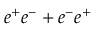
e ^ { + } e ^ { - } + e ^ { - } e ^ { + }